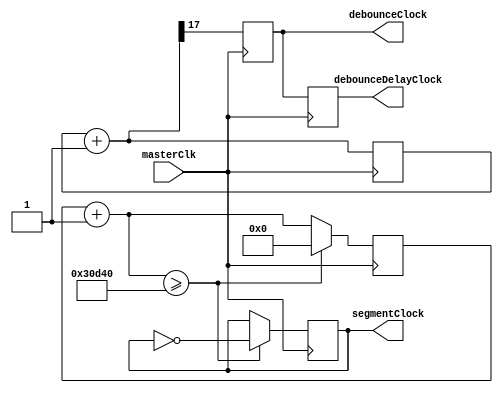
`timescale 1ns / 1ps
//////////////////////////////////////////////////////////////////////////////////
// Company: 
// Engineer: 
// 
// Design Name: 
// Module Name:    ClockDivider 
// Project Name: 
// Target Devices: 
// Tool versions: 
// Description: 
//
// Dependencies: 
//
// Revision: 
// Revision 0.01 - File Created
// Additional Comments: 
//
//////////////////////////////////////////////////////////////////////////////////
module ClockDivider(
	input masterClk,

	output reg debounceClock,
	output reg debounceDelayClock,
	output reg segmentClock
);
   wire [18:0] clk_dv_inc; 
   reg [17:0] clk_dv; 

	reg [19:0] segmentCounter; 
	reg rst;
   initial begin 
   rst <= 0;
	   clk_dv <= 0;
		segmentCounter <= 0;
		segmentClock <= 0;
		debounceClock <= 0;
		debounceDelayClock <= 0;
   end 

   assign clk_dv_inc = clk_dv + 1;
   
   always @ (posedge masterClk) begin
     if (rst)
       begin
          clk_dv   <= 0;
          debounceClock   <= 1'b0;
          debounceDelayClock <= 1'b0;
       end
     else
       begin
          clk_dv   <= clk_dv_inc[17:0]; 
          debounceClock   <= clk_dv_inc[17]; 
          debounceDelayClock <=debounceClock   ;
       end
	end

   always @ (posedge masterClk) begin
     if (rst)
       begin
		segmentCounter = 0;
       end
     else
       begin
		  segmentCounter = segmentCounter + 1;
		  if (segmentCounter >= 200000) begin
				segmentCounter = 0;
				segmentClock = ~segmentClock;
			end
       end
	end
endmodule